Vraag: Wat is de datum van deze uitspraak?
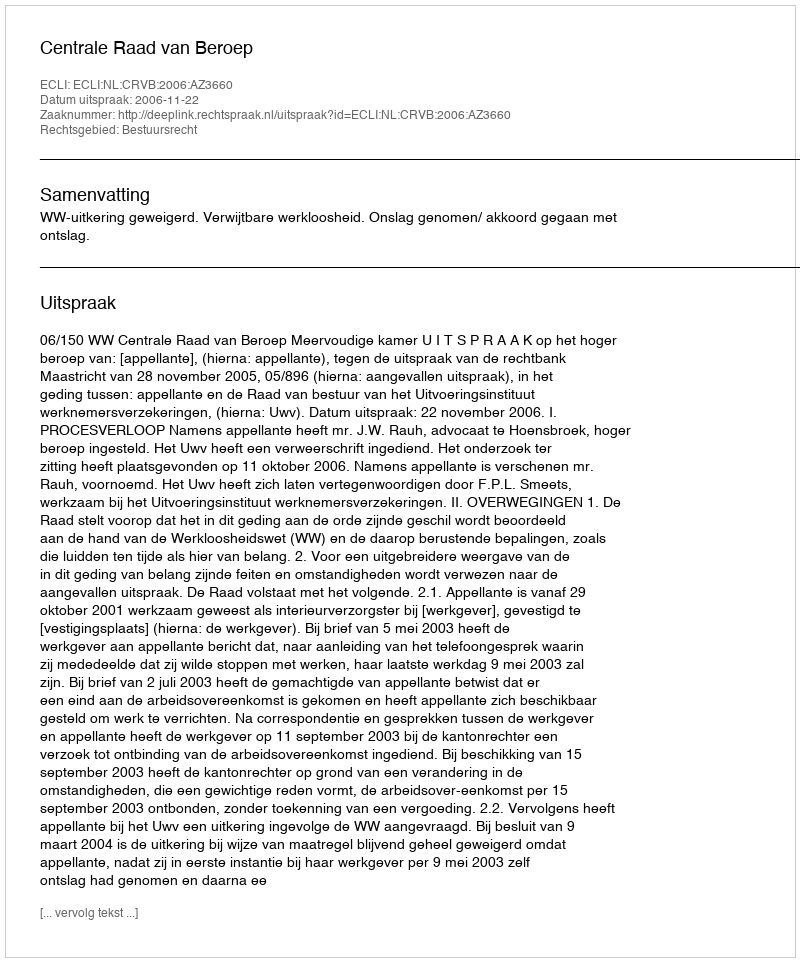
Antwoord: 2006-11-22